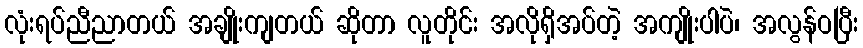
လုံးရပ်ညီညာတယ် အချိုးကျတယ် ဆိုတာ လူတိုင်း အလိုရှိအပ်တဲ့ အကျိုးပါပဲ၊ အလွန်ဝပြီး